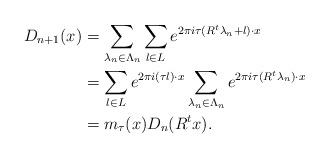
LaTeX: \begin{align*}D_{n+1}(x) &= \sum_{\lambda_{n}\in \Lambda_{n}}\sum_{l\in L}e^{2\pi i\tau(R^t\lambda_{n}+l)\cdot x} \\ &= \sum_{l\in L}e^{2\pi i (\tau l) \cdot x}\sum_{\lambda_{n}\in \Lambda_{n}}e^{2\pi i\tau (R^t\lambda_{n})\cdot x}\\ &=m_\tau(x)D_n(R^t x).\end{align*}